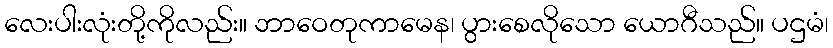
လေးပါးလုံးတို့ကိုလည်း။ ဘာဝေတုကာမေန၊ ပွားစေလိုသော ယောဂီသည်။ ပဌမံ၊